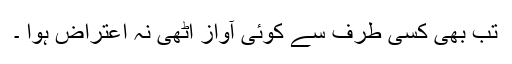
تب بھی کسی طرف سے کوئی آواز اُٹھی نہ اعتراض ہوا ۔